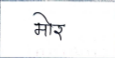
मजकूर: मोर